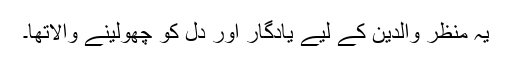
یہ منظر والدین کے لیے یادگار اور دل کو چھولینے والاتھا۔